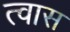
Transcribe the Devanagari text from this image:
त्वास